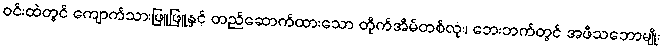
ဝင်းထဲတွင် ကျောက်သားဖြူဖြူနှင့် တည်ဆောက်ထားသော တိုက်အိမ်တစ်လုံး၊ ဘေးဘက်တွင် အဖီသဘောမျိုး